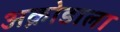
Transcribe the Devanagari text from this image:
अक्रोडाला